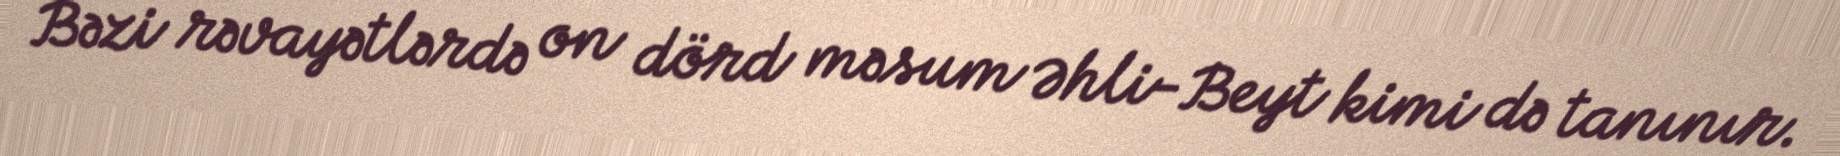
Bəzi rəvayətlərdə on dörd məsum Əhli-Beyt kimi də tanınır.